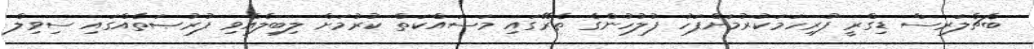
ބެޗެލަރސް ޑިގްރީ ފުރިހަމަކުރުމަށްފަހު ފުލުހުންގެ ތެރޭގައި މަސައްކަތް ކުރުމަށް ލިބިލެއްވި ފުރުޞަތެއްގައި ސިވިލް